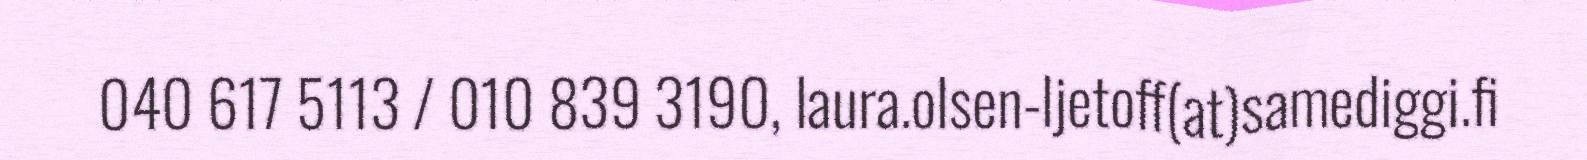
040 617 5113 / 010 839 3190, laura.olsen-ljetoff(at)samediggi.fi